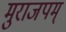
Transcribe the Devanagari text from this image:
मुराजपम्